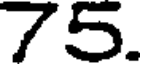
75.